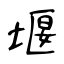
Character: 堰